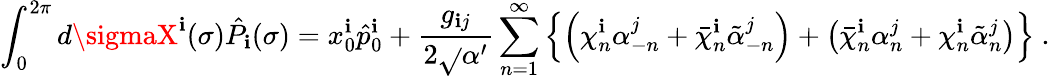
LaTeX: \int_{0}^{2\pi}d\sigmaX^{\mathbf{i}}(\sigma)\hat{{P}}_{\mathbf{i}}(\sigma)=x_{0}^{\mathbf{i}}\hat{{p}}_{0}^{\mathbf{i}}+\frac{{g_{\mathbf{i}j}}}{{2\sqrt{}{{\alpha^{\prime}}}}}\sum_{n=1}^{\infty}\left\{ \left(\chi_{n}^{\mathbf{i}}\alpha_{-n}^{j}+\bar{{\chi}}_{n}^{\mathbf{i}}\tilde{{\alpha}}_{-n}^{j}\right)+\left(\bar{{\chi}}_{n}^{\mathbf{i}}\alpha_{n}^{j}+\chi_{n}^{\mathbf{i}}\tilde{{\alpha}}_{n}^{j}\right)\right\} ~.